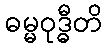
ဓမ္မဝုဒ္ဓီတိ